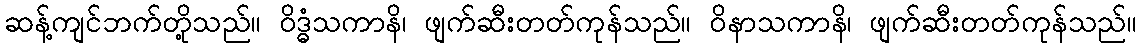
ဆန့်ကျင်ဘက်တို့သည်။ ဝိဒ္ဓံသကာနိ၊ ဖျက်ဆီးတတ်ကုန်သည်။ ဝိနာသကာနိ၊ ဖျက်ဆီးတတ်ကုန်သည်။